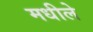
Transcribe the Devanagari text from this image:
मधीले